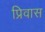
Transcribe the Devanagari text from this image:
प्रिवास